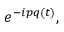
e ^ { - i p q ( t ) } ,